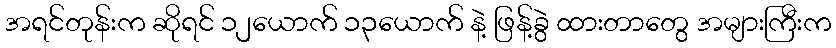
အရင်တုန်းက ဆိုရင် ၁၂ယောက် ၁၃ယောက် နဲ့ ဖြန့်ခွဲ ထားတာတွေ အများကြီးက